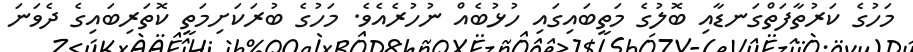
މަހުގެ ކަރުތާފަތްގަނޑާއި ބޮލުގެ މަތީބައިގައި ހުޅުބެއް ނުހުރެެއެވެ. މަހުގެ ބުރަކަށިމަތީ ކޮތަރިބައިގެ ދެވަނަ